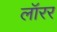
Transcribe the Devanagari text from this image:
लॉरर